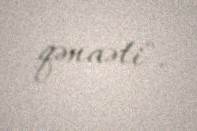
qənaəti".